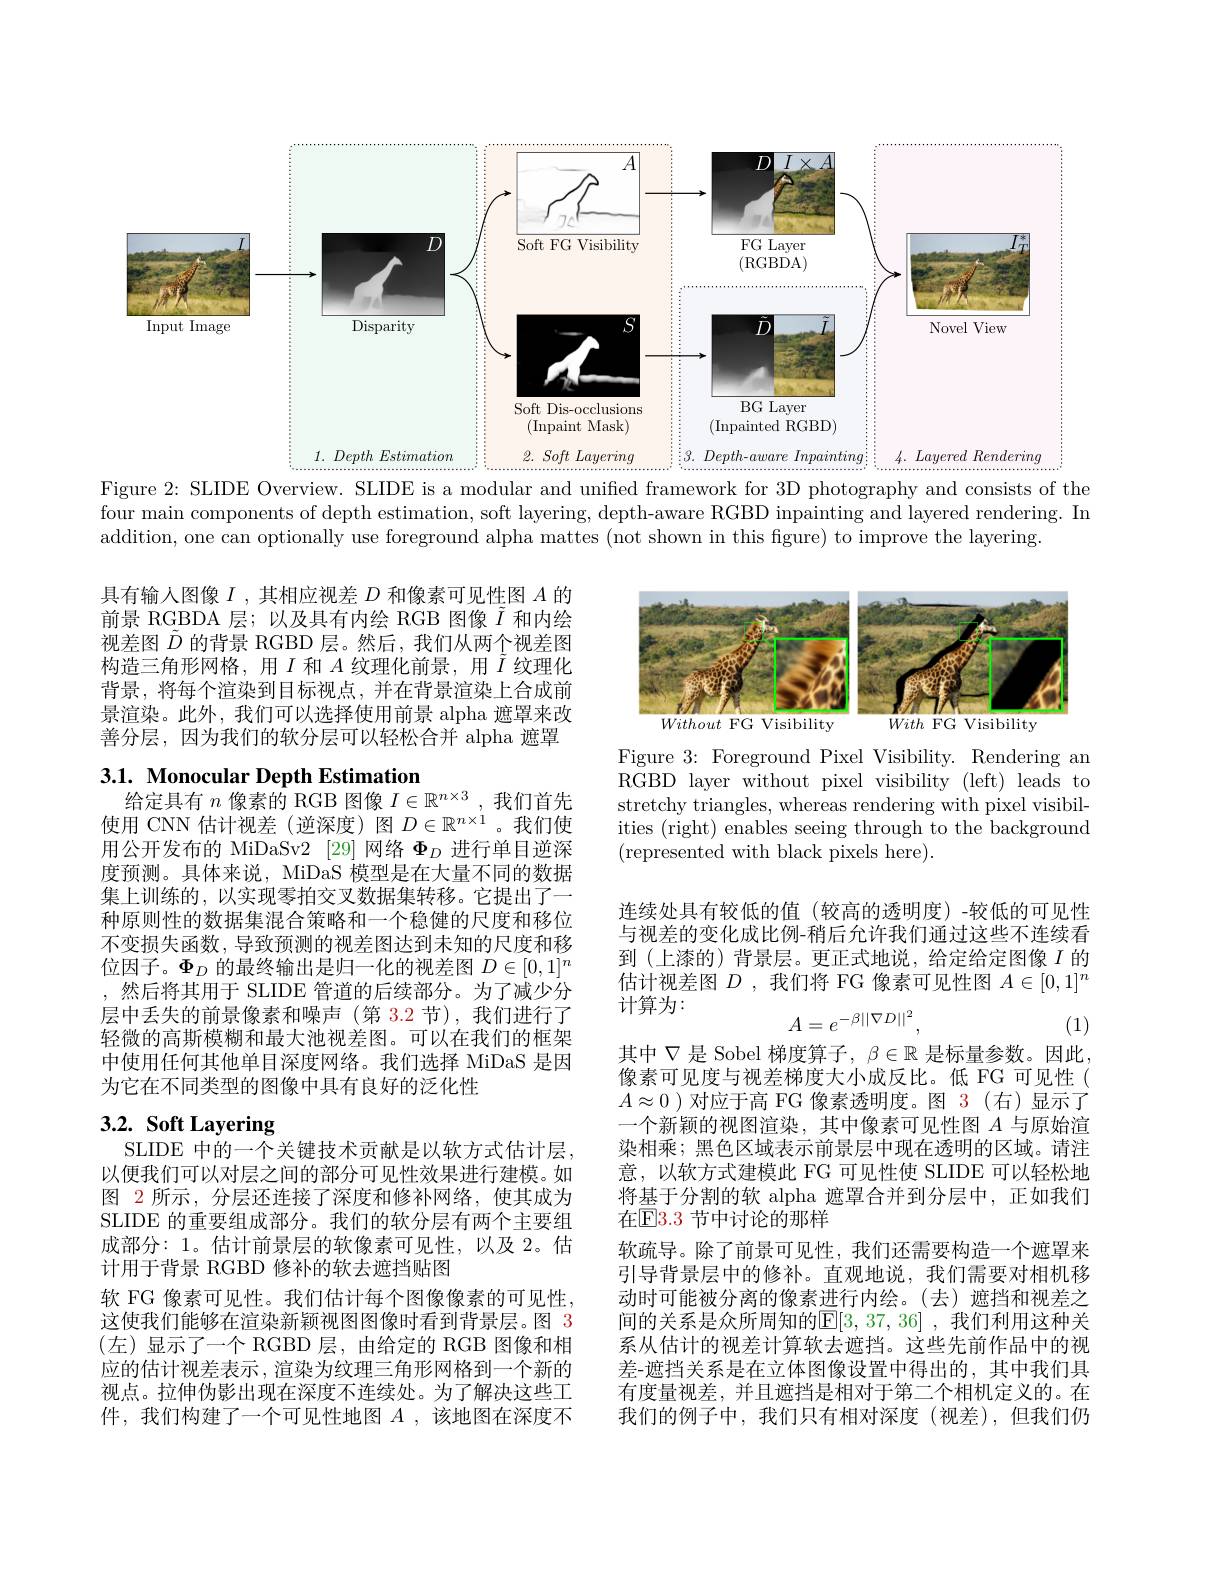
<FigureHere>
Figure 2: SLIDE Overview. SLIDE is a modular and unified framework for 3D photography and consists of the

four main components of depth estimation, soft layering, depth-aware RGBD inpainting and layered rendering. In
addition, one can optionally use foreground alpha mattes (not shown in this figure) to improve the layering.

<FigureHere>

具有输入图像$I$ ,其相应视差$D$和像素可见性图$A$的前景 RGBDA 层；以及具有内绘 RGB 图像$\tilde{I}$和内绘视差图$\tilde{D}$的背景 RGBD 层。然后，我们从两个视差图构造三角形网格，用$I$和$A$纹理化前景，用$\tilde{I}$纹理化背景，将每个渲染到目标视点，并在背景渲染上合成前景渲染。此外，我们可以选择使用前景 alpha 遮罩来改善分层，因为我们的软分层可以轻松合并 alpha 遮罩

## 3.1. Monocular Depth Estimation 给定具有$\hat n$像素的 RGB 图像$I\in\mathbb{R}^n\times3$,我们首先

Figure 3: Foreground Pixel Visibility. Rendering an RGBD layer without pixel visibility (left) leads to stretchy triangles, whereas rendering with pixel visibilities (right) enables seeing through to the background (represented with black pixels here).

使用 CNN 估计视差(逆深度)图$D\in\mathbb{R}^{n\times1}$。我们使用公开发布的 MiDaSv2 [29] 网络$\Phi_D$进行单目逆深度预测。具体来说，MiDaS 模型是在大量不同的数据集上训练的，以实现零拍交叉数据集转移。它提出了一种原则性的数据集混合策略和一个稳健的尺度和移位不变损失函数，导致预测的视差图达到未知的尺度和移位因子。$\Phi_D$的最终输出是归一化的视差图$D\in[0,1]^n$ ,然后将其用于 SLIDE 管道的后续部分。为了减少分层中丢失的前景像素和噪声(第 3.2 节),我们进行了轻微的高斯模糊和最大池视差图。可以在我们的框架中使用任何其他单目深度网络。我们选择 MiDaS 是因为它在不同类型的图像中具有良好的泛化性

连续处具有较低的值(较高的透明度)-较低的可见性与视差的变化成比例-稍后允许我们通过这些不连续看到(上漆的) 背景层。更正式地说，给定给定图像$I$的估计视差图$D$ ,我们将 FG 像素可见性图$A\in[0,1]^n$ 计算为：
$$A=e^{-\beta||\nabla D||^2},$$
(1)

# 3.2. Soft Layering

其中$\nabla$是 Sobel 梯度算子，$\beta\in\mathbb{R}$是标量参数。因此， 像素可见度与视差梯度大小成反比。低 FG 可见性( $A\approx0$ )对应于高 FG 像素透明度。图 3 (右)显示了一个新颖的视图渲染，其中像素可见性图$A$与原始渲染相乘；黑色区域表示前景层中现在透明的区域。请注意，以软方式建模此 FG 可见性使 SLIDE 可以轻松地将基于分割的软 alpha 遮罩合并到分层中，正如我们在$\mathbb{E}$3.3 节中讨论的那样
软疏导。除了前景可见性，我们还需要构造一个遮罩来引导背景层中的修补。直观地说，我们需要对相机移动时可能被分离的像素进行内绘。(去)遮挡和视差之间的关系是众所周知的E[3,37,36] ,我们利用这种关系从估计的视差计算软去遮挡。这些先前作品中的视差-遮挡关系是在立体图像设置中得出的，其中我们具有度量视差，并且遮挡是相对于第二个相机定义的。在我们的例子中，我们只有相对深度(视差),但我们仍

SLIDE 中的一个关键技术贡献是以软方式估计层， 以便我们可以对层之间的部分可见性效果进行建模。如图 2 所示，分层还连接了深度和修补网络，使其成为SLIDE 的重要组成部分。我们的软分层有两个主要组成部分：1。估计前景层的软像素可见性，以及 2。估计用于背景 RGBD 修补的软去遮挡贴图
软 FG 像素可见性。我们估计每个图像像素的可见性， 这使我们能够在渲染新颖视图图像时看到背景层。图 3 (左)显示了一个 RGBD 层，由给定的 RGB 图像和相应的估计视差表示，渲染为纹理三角形网格到一个新的视点。拉伸伪影出现在深度不连续处。为了解决这些工件，我们构建了一个可见性地图$A$ ,该地图在深度不